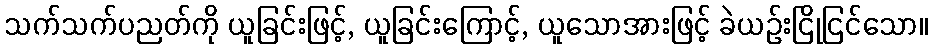
သက်သက်ပညတ်ကို ယူခြင်းဖြင့်, ယူခြင်းကြောင့်, ယူသောအားဖြင့် ခဲယဉ်းငြိုငြင်သော။